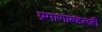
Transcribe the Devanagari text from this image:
प्रमाणाबद्दलही